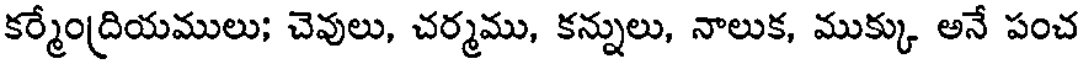
కర్మేంద్రియములు; చెవులు, చర్మము, కన్నులు, నాలుక, ముక్కు అనే పంచ